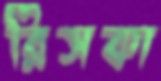
রিসকা